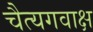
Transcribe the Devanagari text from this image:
चैत्यगवाक्ष